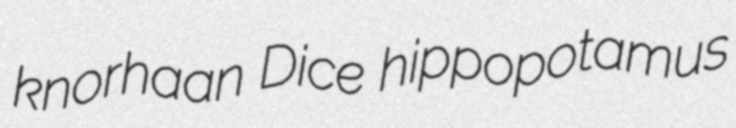
knorhaan Dice hippopotamus